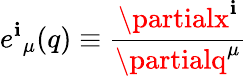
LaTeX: {e^{\mathbf{i}}}_{\mu}(q)\equiv\frac{{\partialx^{\mathbf{i}}}}{{\partialq^{\mu}}}